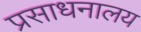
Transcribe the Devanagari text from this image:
प्रसाधनालय